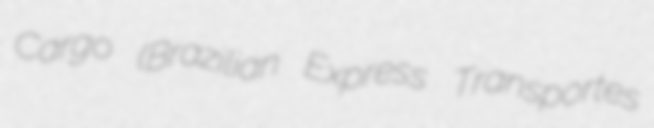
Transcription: Cargo (Brazilian Express Transportes